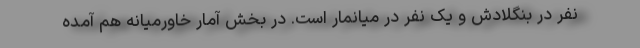
نفر در بنگلادش و یک نفر در میانمار است. در بخش آمار خاورمیانه هم آمده